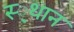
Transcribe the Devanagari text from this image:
स्‍्थान